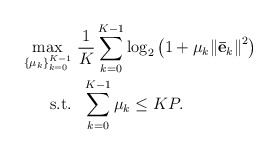
\begin{align*} \begin{aligned} \mathop {\max }\limits_{\{ {\mu}_k\} _{k = 0}^{K - 1} } & \ \frac{1}{{K}}\sum\limits_{k = 0}^{K - 1} {{{\log }_2}} \left( {1 + {\mu _k}{{\left\| {{{{\bf{\bar e}}}_k}} \right\|}^2}} \right)\\ {\rm{s.t.}} &\ \ \sum\limits_{k = 0}^{K - 1} {{\mu _k}} \le KP. \end{aligned} \end{align*}